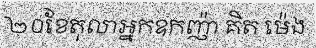
២០ខែតុលាអ្នកឧកញ៉ា គិត ម៉េង